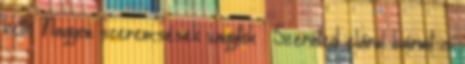
kettő Nagyon szerencsések vagytok : Szerinted elárul bármit is